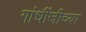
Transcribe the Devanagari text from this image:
गांधींजीच्या